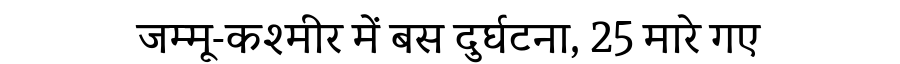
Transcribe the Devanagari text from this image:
जम्मू-कश्मीर में बस दुर्घटना, 25 मारे गए